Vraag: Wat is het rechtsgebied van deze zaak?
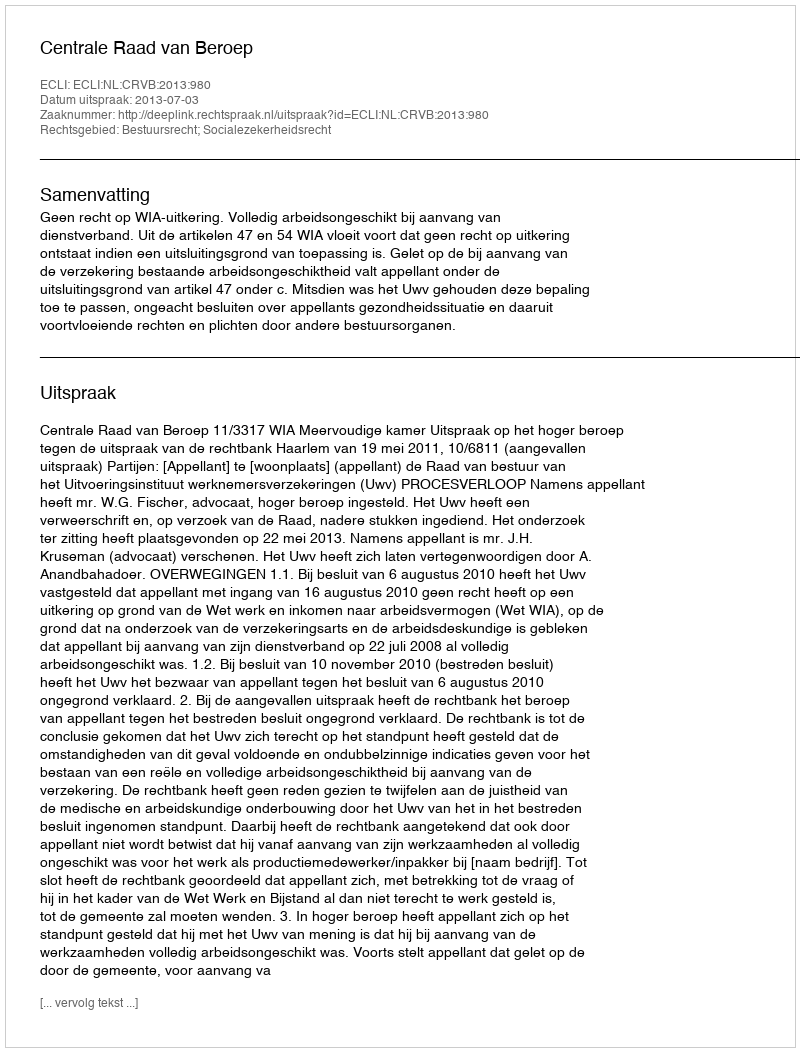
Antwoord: Bestuursrecht; Socialezekerheidsrecht